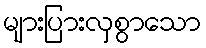
များပြားလှစွာသော